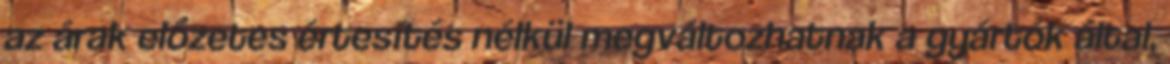
az árak előzetes értesítés nélkül megváltozhatnak a gyártók által,